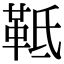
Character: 䩚